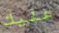
عليك